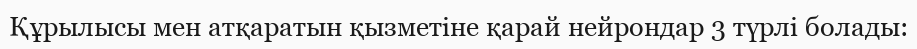
Құрылысы мен атқаратын қызметіне қарай нейрондар 3 түрлі болады: